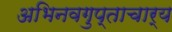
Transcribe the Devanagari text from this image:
अभिनवगुप्ताचार्य